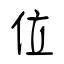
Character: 位